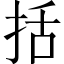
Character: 括